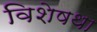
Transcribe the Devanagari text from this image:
विशेषथा